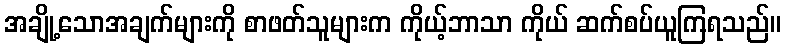
အချို့သောအချက်များကို စာဖတ်သူများက ကိုယ့်ဘာသာ ကိုယ် ဆက်စပ်ယူကြရသည်။